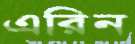
এরিন